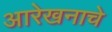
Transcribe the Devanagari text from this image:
आरेखनाचे